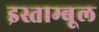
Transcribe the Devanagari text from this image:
इस्ताम्बूल